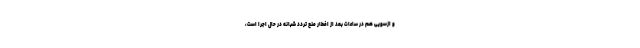
و ازسویی هم در ساعات بعد از افطار منع تردد شبانه در حال اجرا است،